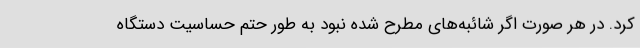
کرد. در هر صورت اگر شائبه‌های مطرح شده نبود به طور حتم حساسیت دستگاه